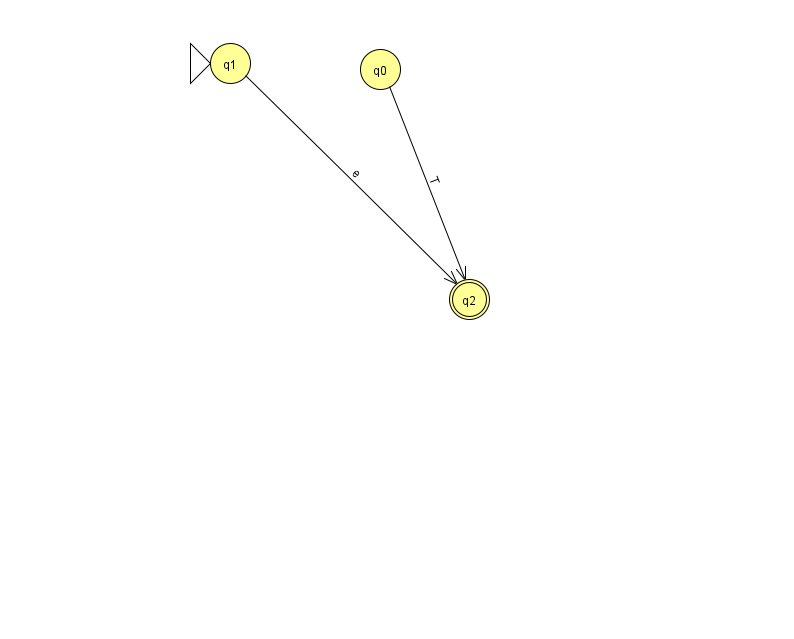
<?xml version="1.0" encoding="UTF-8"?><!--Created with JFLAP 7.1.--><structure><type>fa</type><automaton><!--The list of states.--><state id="0" name="q0"><x>380.0</x><y>56.0</y></state><state id="1" name="q1"><x>230.0</x><y>50.0</y><initial/></state><state id="2" name="q2"><x>469.0</x><y>286.0</y><final/></state><!--The list of transitions.--><transition><from>0</from><to>2</to><read>T</read></transition><transition><from>1</from><to>2</to><read>e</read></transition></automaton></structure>